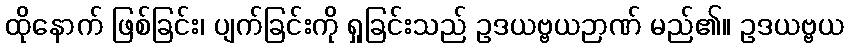
ထိုနောက် ဖြစ်ခြင်း၊ ပျက်ခြင်းကို ရှုခြင်းသည် ဥဒယဗ္ဗယဉာဏ် မည်၏။ ဥဒယဗ္ဗယ